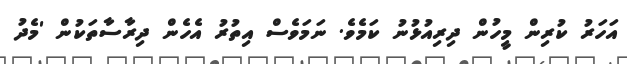
އަހަރު ކުރިން މީހުން ދިރިއުޅުނު ކަމެވެ. ނަމަވެސް އިތުރު އެހެން ދިރާސާތަކުން 'މެދު